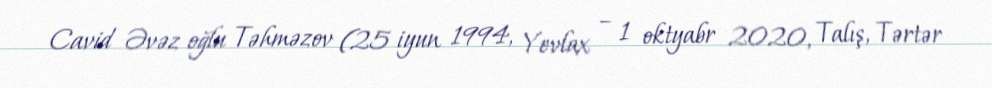
Cavid Əvəz oğlu Təhməzov (25 iyun 1994, Yevlax – 1 oktyabr 2020, Talış, Tərtər